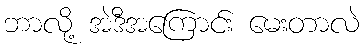
ဘာလို့ အဲဒီအကြောင်း မေးတာလဲ